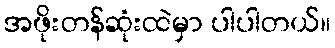
အဖိုးတန်ဆုံးထဲမှာ ပါပါတယ်။